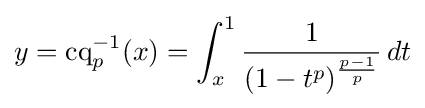
y=\operatorname {cq} _{p}^{-1}(x)=\int _{x}^{1}{\frac {1}{(1-t^{p})^{\frac {p-1}{p}}}}\,dt